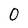
Character: 0